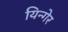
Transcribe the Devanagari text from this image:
यिन्गेर